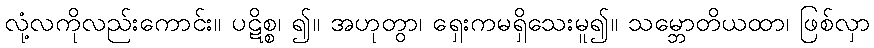
လုံ့လကိုလည်းကောင်း။ ပဋိစ္စ၊ ၍။ အဟုတွာ၊ ရှေးကမရှိသေးမူ၍။ သမ္ဘောတိယထာ၊ ဖြစ်လှာ